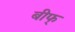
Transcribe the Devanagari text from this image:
बीफ्